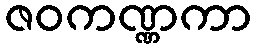
ဇဝကဏ္ဏကာ